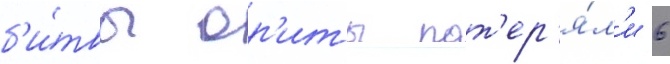
б'и́твы ор'иты пот'ер'я́л'и 6